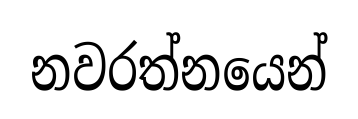
නවරත්නයෙන්